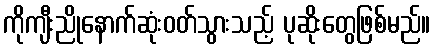
ကိုကျီးညိုနောက်ဆုံးဝတ်သွားသည့် ပုဆိုးတွေဖြစ်မည်။